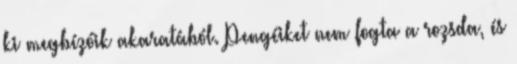
ki megbízóik akaratából. Pengéiket nem fogta a rozsda, és